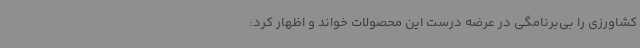
کشاورزی را بی‌برنامگی در عرضه درست این محصولات خواند و اظهار کرد: